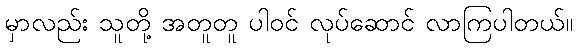
မှာလည်း သူတို့ အတူတူ ပါဝင် လုပ်ဆောင် လာကြပါတယ်။